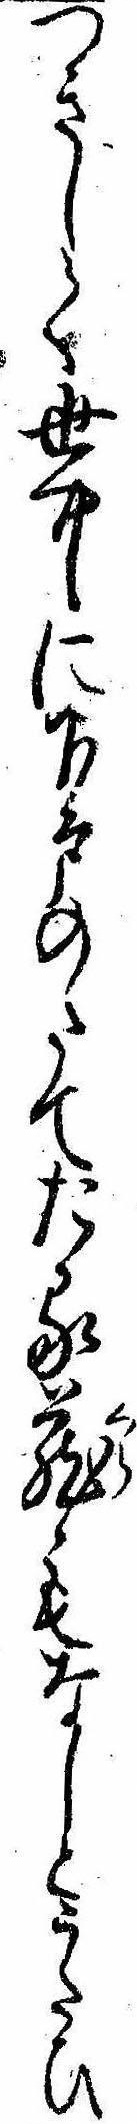
つきして世中に下戸のたてたる蔵もなしとうたひ